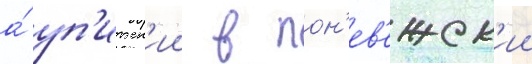
а́ уп'итск'ии в пон'ев'ежск'ии